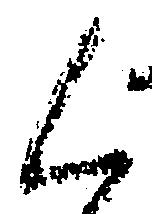
く